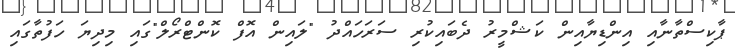
ޕާކިސްތާނާއި އިންޑިޔާއިން ކަޝްމީރު ދެބައިކުރި ސަރަހައްދު "ލައިން އޮފް ކޮންޓްރޯލް"ގައި މިދިޔަ ހަފުތާގައި